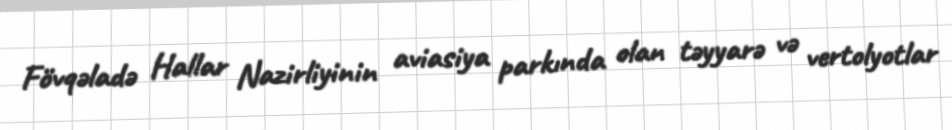
Fövqəladə Hallar Nazirliyinin aviasiya parkında olan təyyarə və vertolyotlar